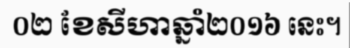
០២ ខែសីហាឆ្នាំ២០១៦ នេះ។